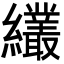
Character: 𦇱